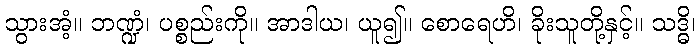
သွားအံ့။ ဘဏ္ဍံ၊ ပစ္စည်းကို။ အာဒါယ၊ ယူ၍။ စောရေဟိ၊ ခိုးသူတို့နှင့်။ သဒ္ဓိ၊